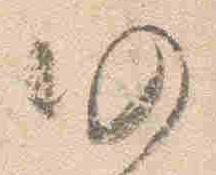
仍